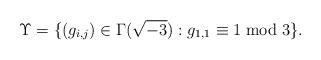
LaTeX: \begin{align*}\Upsilon=\{ (g_{i,j}) \in \Gamma(\sqrt{-3}) : g_{1,1} \equiv 1 \bmod 3 \}.\end{align*}